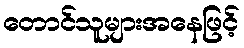
တောင်သူများအနေဖြင့်